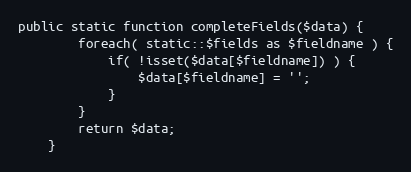
Language: PHP
public static function completeFields($data) {
		foreach( static::$fields as $fieldname ) {
			if( !isset($data[$fieldname]) ) {
				$data[$fieldname] = '';
			}
		}
		return $data;
	}